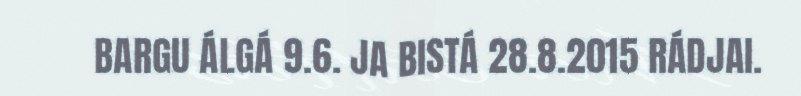
BARGU ÁLGÁ 9.6. JA BISTÁ 28.8.2015 RÁDJAI.